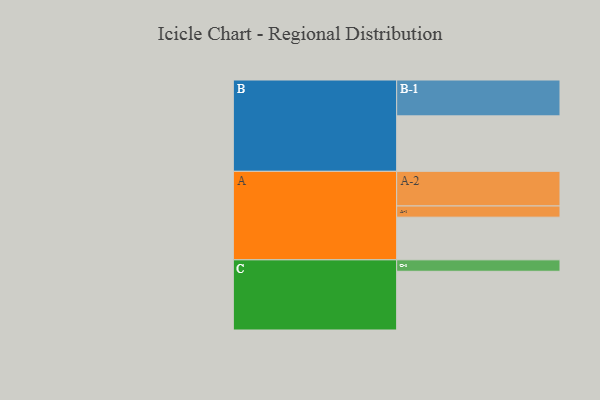
{"axis": {"x": "Segment", "y": "Value"}, "legend": ["", "A", "B", "C"], "data": [{"x": "A", "y": 351, "type": ""}, {"x": "B", "y": 456, "type": ""}, {"x": "C", "y": 483, "type": ""}, {"x": "A-1", "y": 92, "type": "A"}, {"x": "A-2", "y": 285, "type": "A"}, {"x": "B-1", "y": 295, "type": "B"}, {"x": "C-1", "y": 94, "type": "C"}]}